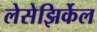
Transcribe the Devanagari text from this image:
लेसेझिर्केल